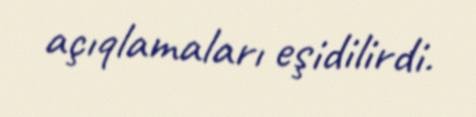
açıqlamaları eşidilirdi.